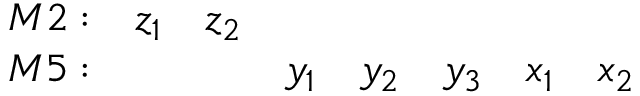
\begin{array} { r c c c c c c c } { { { M 2 } : } } & { { z _ { 1 } } } & { { z _ { 2 } } } & { { } } & { { } } & { { } } & { { } } & { { } } \\ { { { M 5 } : } } & { { } } & { { } } & { { y _ { 1 } } } & { { y _ { 2 } } } & { { y _ { 3 } } } & { { x _ { 1 } } } & { { x _ { 2 } } } \end{array}